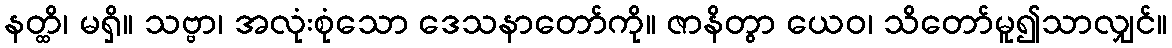
နတ္ထိ၊ မရှိ။ သဗ္ဗာ၊ အလုံးစုံသော ဒေသနာတော်ကို။ ဇာနိတွာ ယေဝ၊ သိတော်မူ၍သာလျှင်။